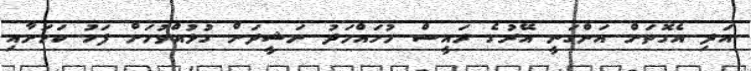
އަދި އެގޮތަށް އަންގަނީ އޭރުގެ ރައީސް މުހައްމަދު ނަޝީދަށް ގުޅުއްވުމަށް ފަހު ކަމަށާއި